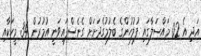
އަދި އެ 02 މައްސަލާގައި ފުލުހުންގެ ބެލުމުގެދަށަށް ގެނެސްފައިވަނީ އުމުރުން 34 މީހަކާއި